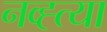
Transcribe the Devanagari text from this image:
नव्ह्त्या